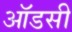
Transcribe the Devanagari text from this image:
ऑडसी